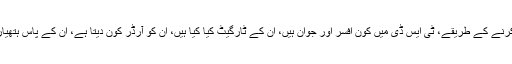
ٹی ایس ڈی ہے، یہ تو پتہ چل رہا تھا، لیکن ٹی ایس ڈی کے کام کرنے کے طریقے، ٹی ایس ڈی میں کون افسر اور جوان ہیں، ان کے ٹارگیٹ کیا کیا ہیں، ان کو آرڈر کون دیتا ہے، ان کے پاس ہتھیار کیا کیا ہیں، اسے لے کر پاکستان اور چین میں بہت بڑا بھرم تھا۔